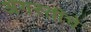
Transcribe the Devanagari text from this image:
अगस्तींचे